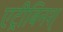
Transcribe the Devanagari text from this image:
एट्रीबिनश्